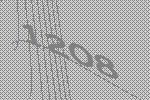
1208